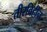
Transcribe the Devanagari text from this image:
तीरविहीन